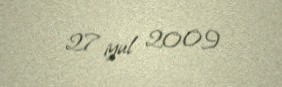
27 iyul 2009